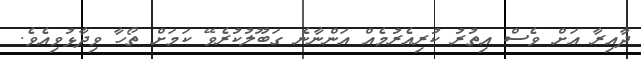
ދާއިރާ އަށް ވެސް އިތުރު ކުރިއެރުމެއް އަންނާނެ ގަބޫލުކުރެވޭ ކަމަށް ތޯހާ ވިދާޅުވިއެވެ.